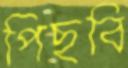
পিছবি